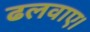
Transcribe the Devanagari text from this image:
ढलवाए।